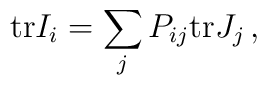
{\rm tr} I_i = \sum_j P_{ij} {\rm tr} J_j \,,